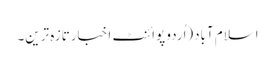
اسلام آباد(اُردو پوائنٹ اخبارتازہ ترین۔